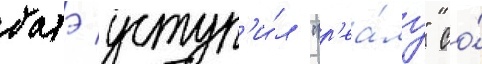
батэ уступ'и́л "р'еа́лу" со́